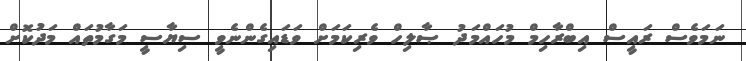
ނަމަވެސް ރައީސް އިބްރާހިމް މުހައްމަދު ޞާލިހް ވެރިކަމަށް ވަޑައިގެންނެވީ ސިޔާސީ މަގާމުތައް މަދުކޮށް